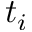
t _ { i }